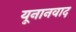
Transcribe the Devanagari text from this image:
यूनानवाद